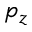
p _ { z }